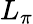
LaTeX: L_{\pi}